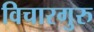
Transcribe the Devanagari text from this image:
विचारगुरु